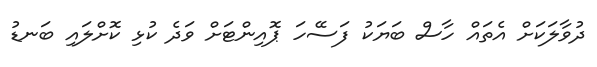
ދުވާލަކަށް އެތައް ހާސް ބަޔަކު ފަސޭހަ ޕޮއިންޓަށް ވަދެ ކުޅި ކޮށްލައި ބަނޑު